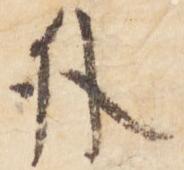
外